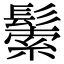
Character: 𩮛